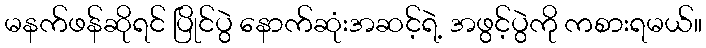
မနက်ဖန်ဆိုရင် ပြိုင်ပွဲ နောက်ဆုံးအဆင့်ရဲ့ အဖွင့်ပွဲကို ကစားရမယ်။